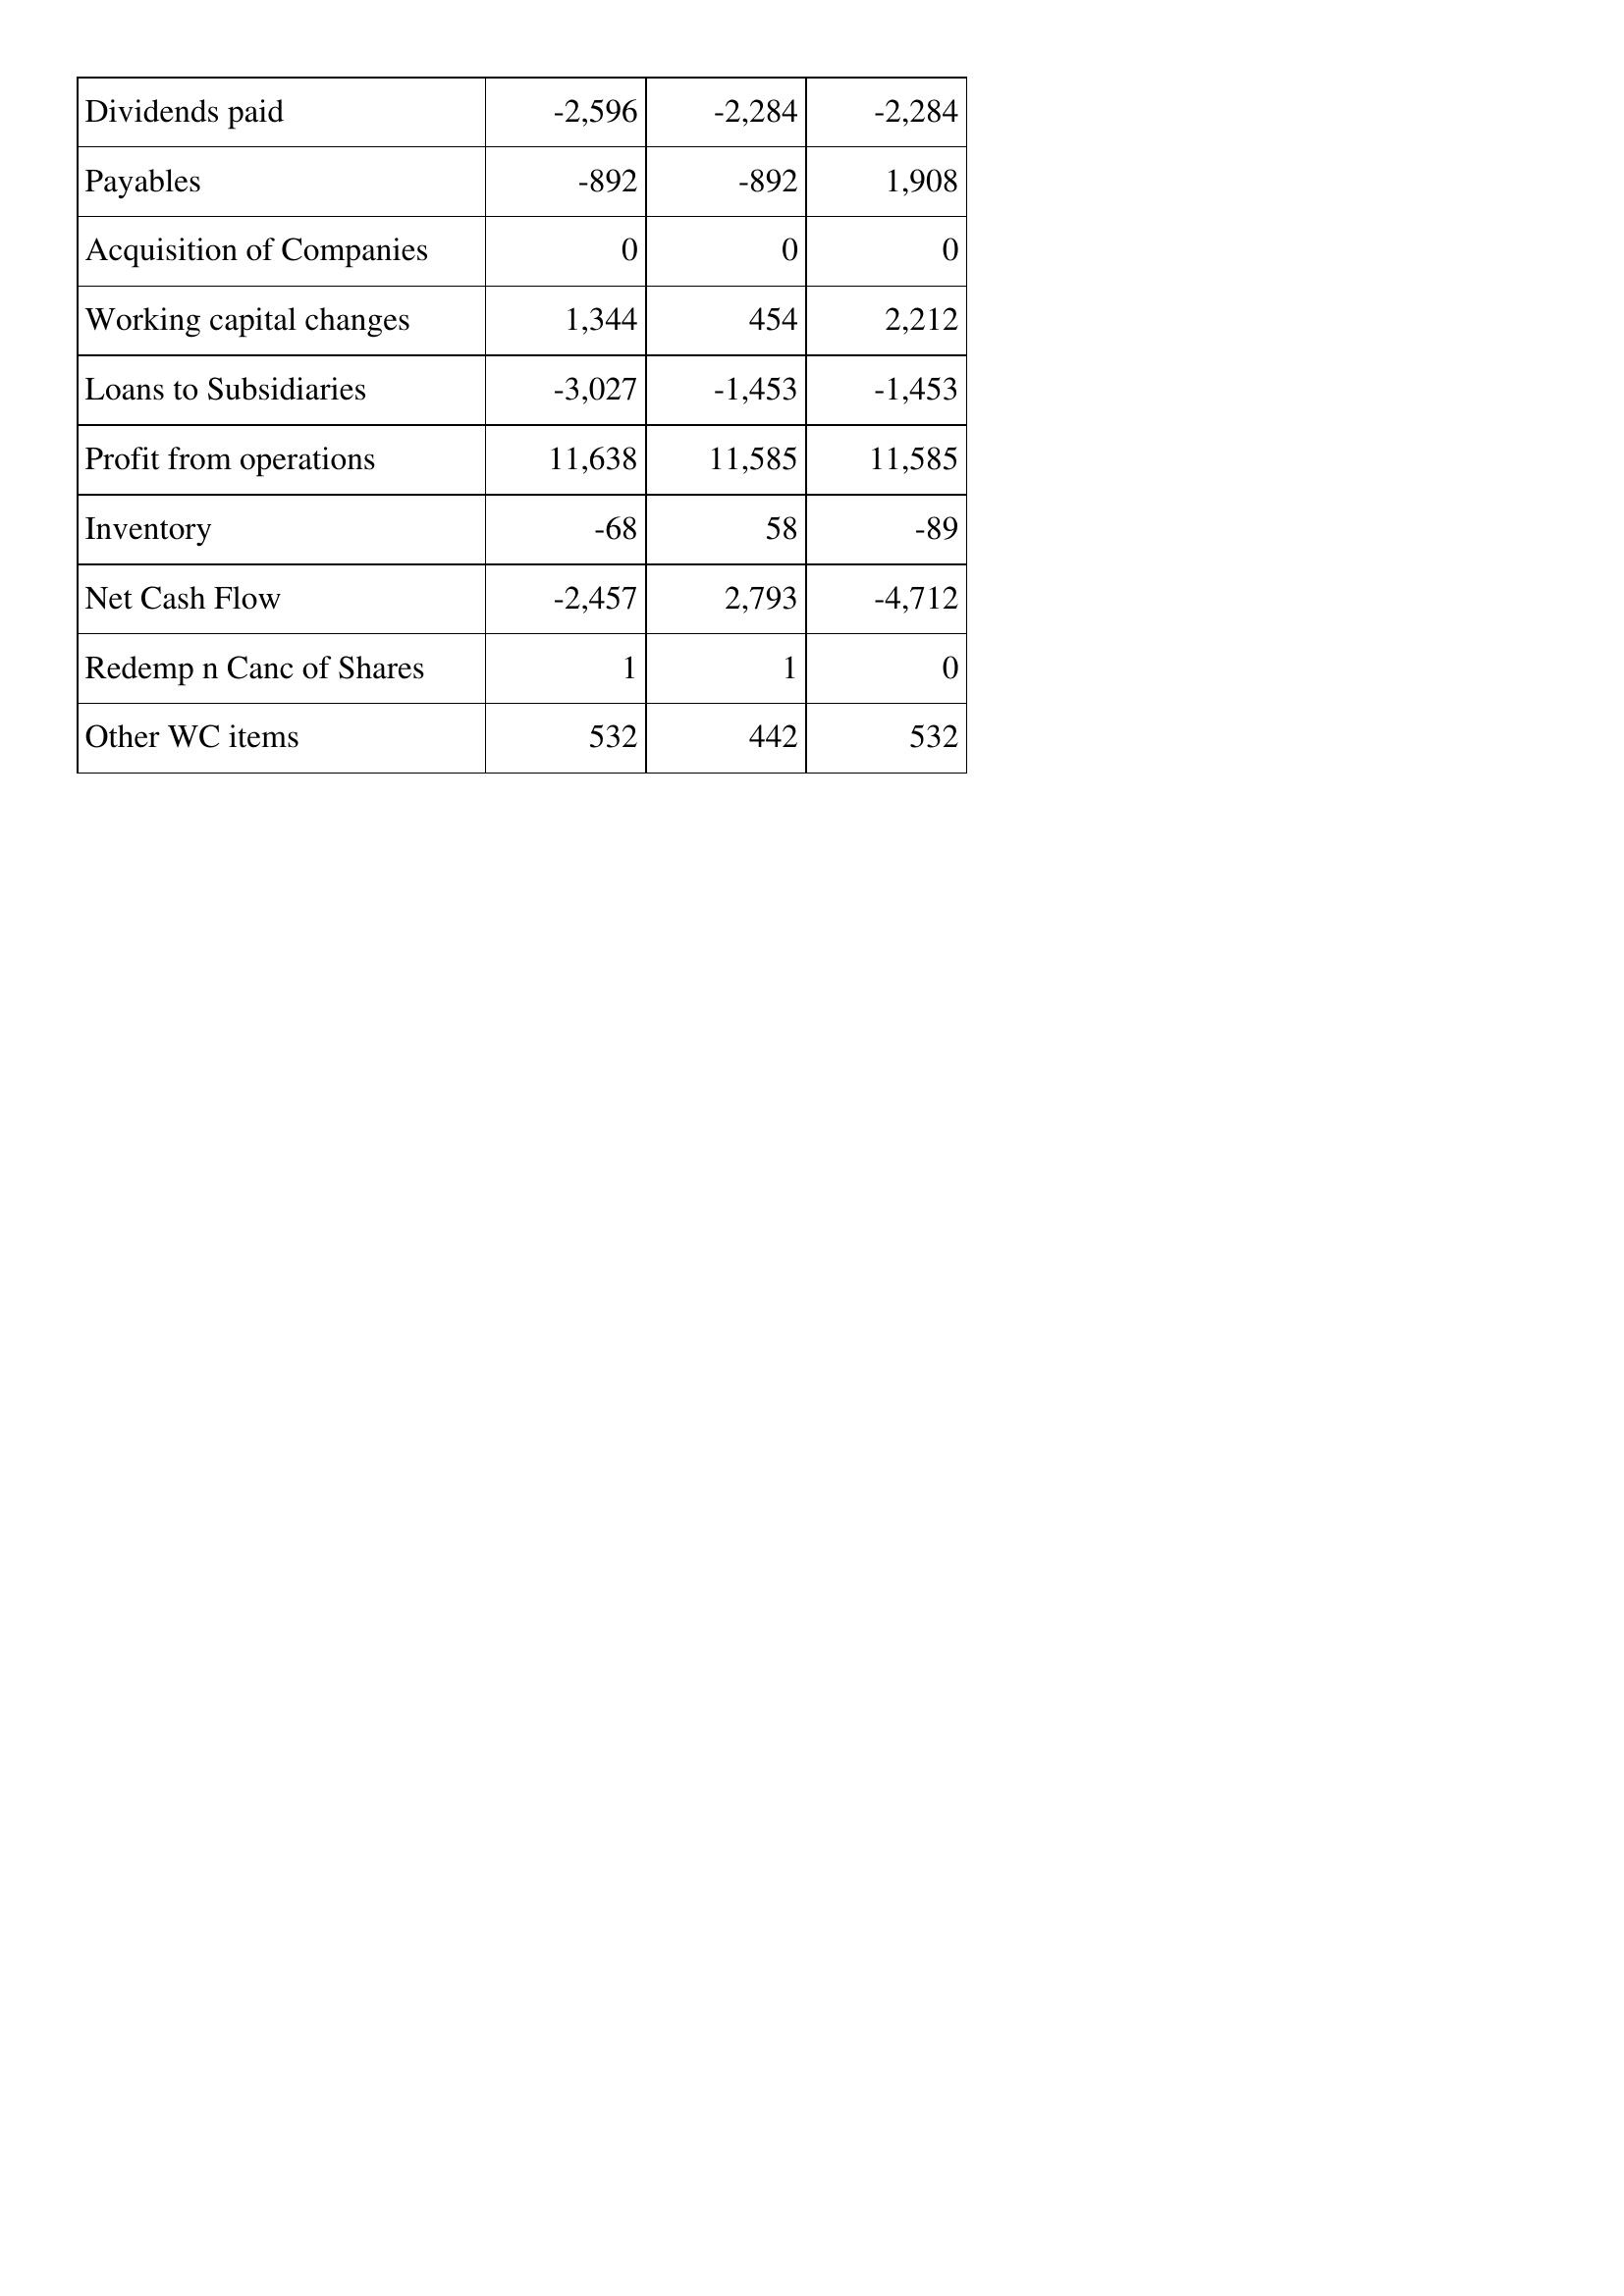
Apr-09: Cash Flows: Dividends paid: -2,596
Payables: -892
Acquisition of Companies: 0
Working capital changes: 1,344
Loans to Subsidiaries: -3,027
Profit from operations: 11,638
Inventory: -68
Net Cash Flow: -2,457
Redemp n Canc of Shares: 1
Other WC items: 532
Apr-10: Cash Flows: Dividends paid: -2,284
Payables: -892
Acquisition of Companies: 0
Working capital changes: 454
Loans to Subsidiaries: -1,453
Profit from operations: 11,585
Inventory: 58
Net Cash Flow: 2,793
Redemp n Canc of Shares: 1
Other WC items: 442
Apr-11: Cash Flows: Dividends paid: -2,284
Payables: 1,908
Acquisition of Companies: 0
Working capital changes: 2,212
Loans to Subsidiaries: -1,453
Profit from operations: 11,585
Inventory: -89
Net Cash Flow: -4,712
Redemp n Canc of Shares: 0
Other WC items: 532